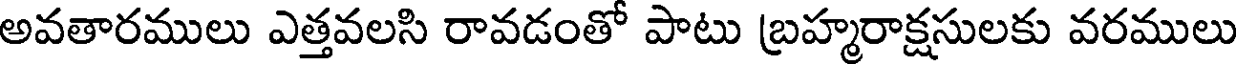
అవతారములు ఎత్తవలసి రావడంతో పాటు బ్రహ్మరాక్షసులకు వరములు